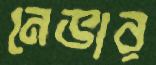
নেভার